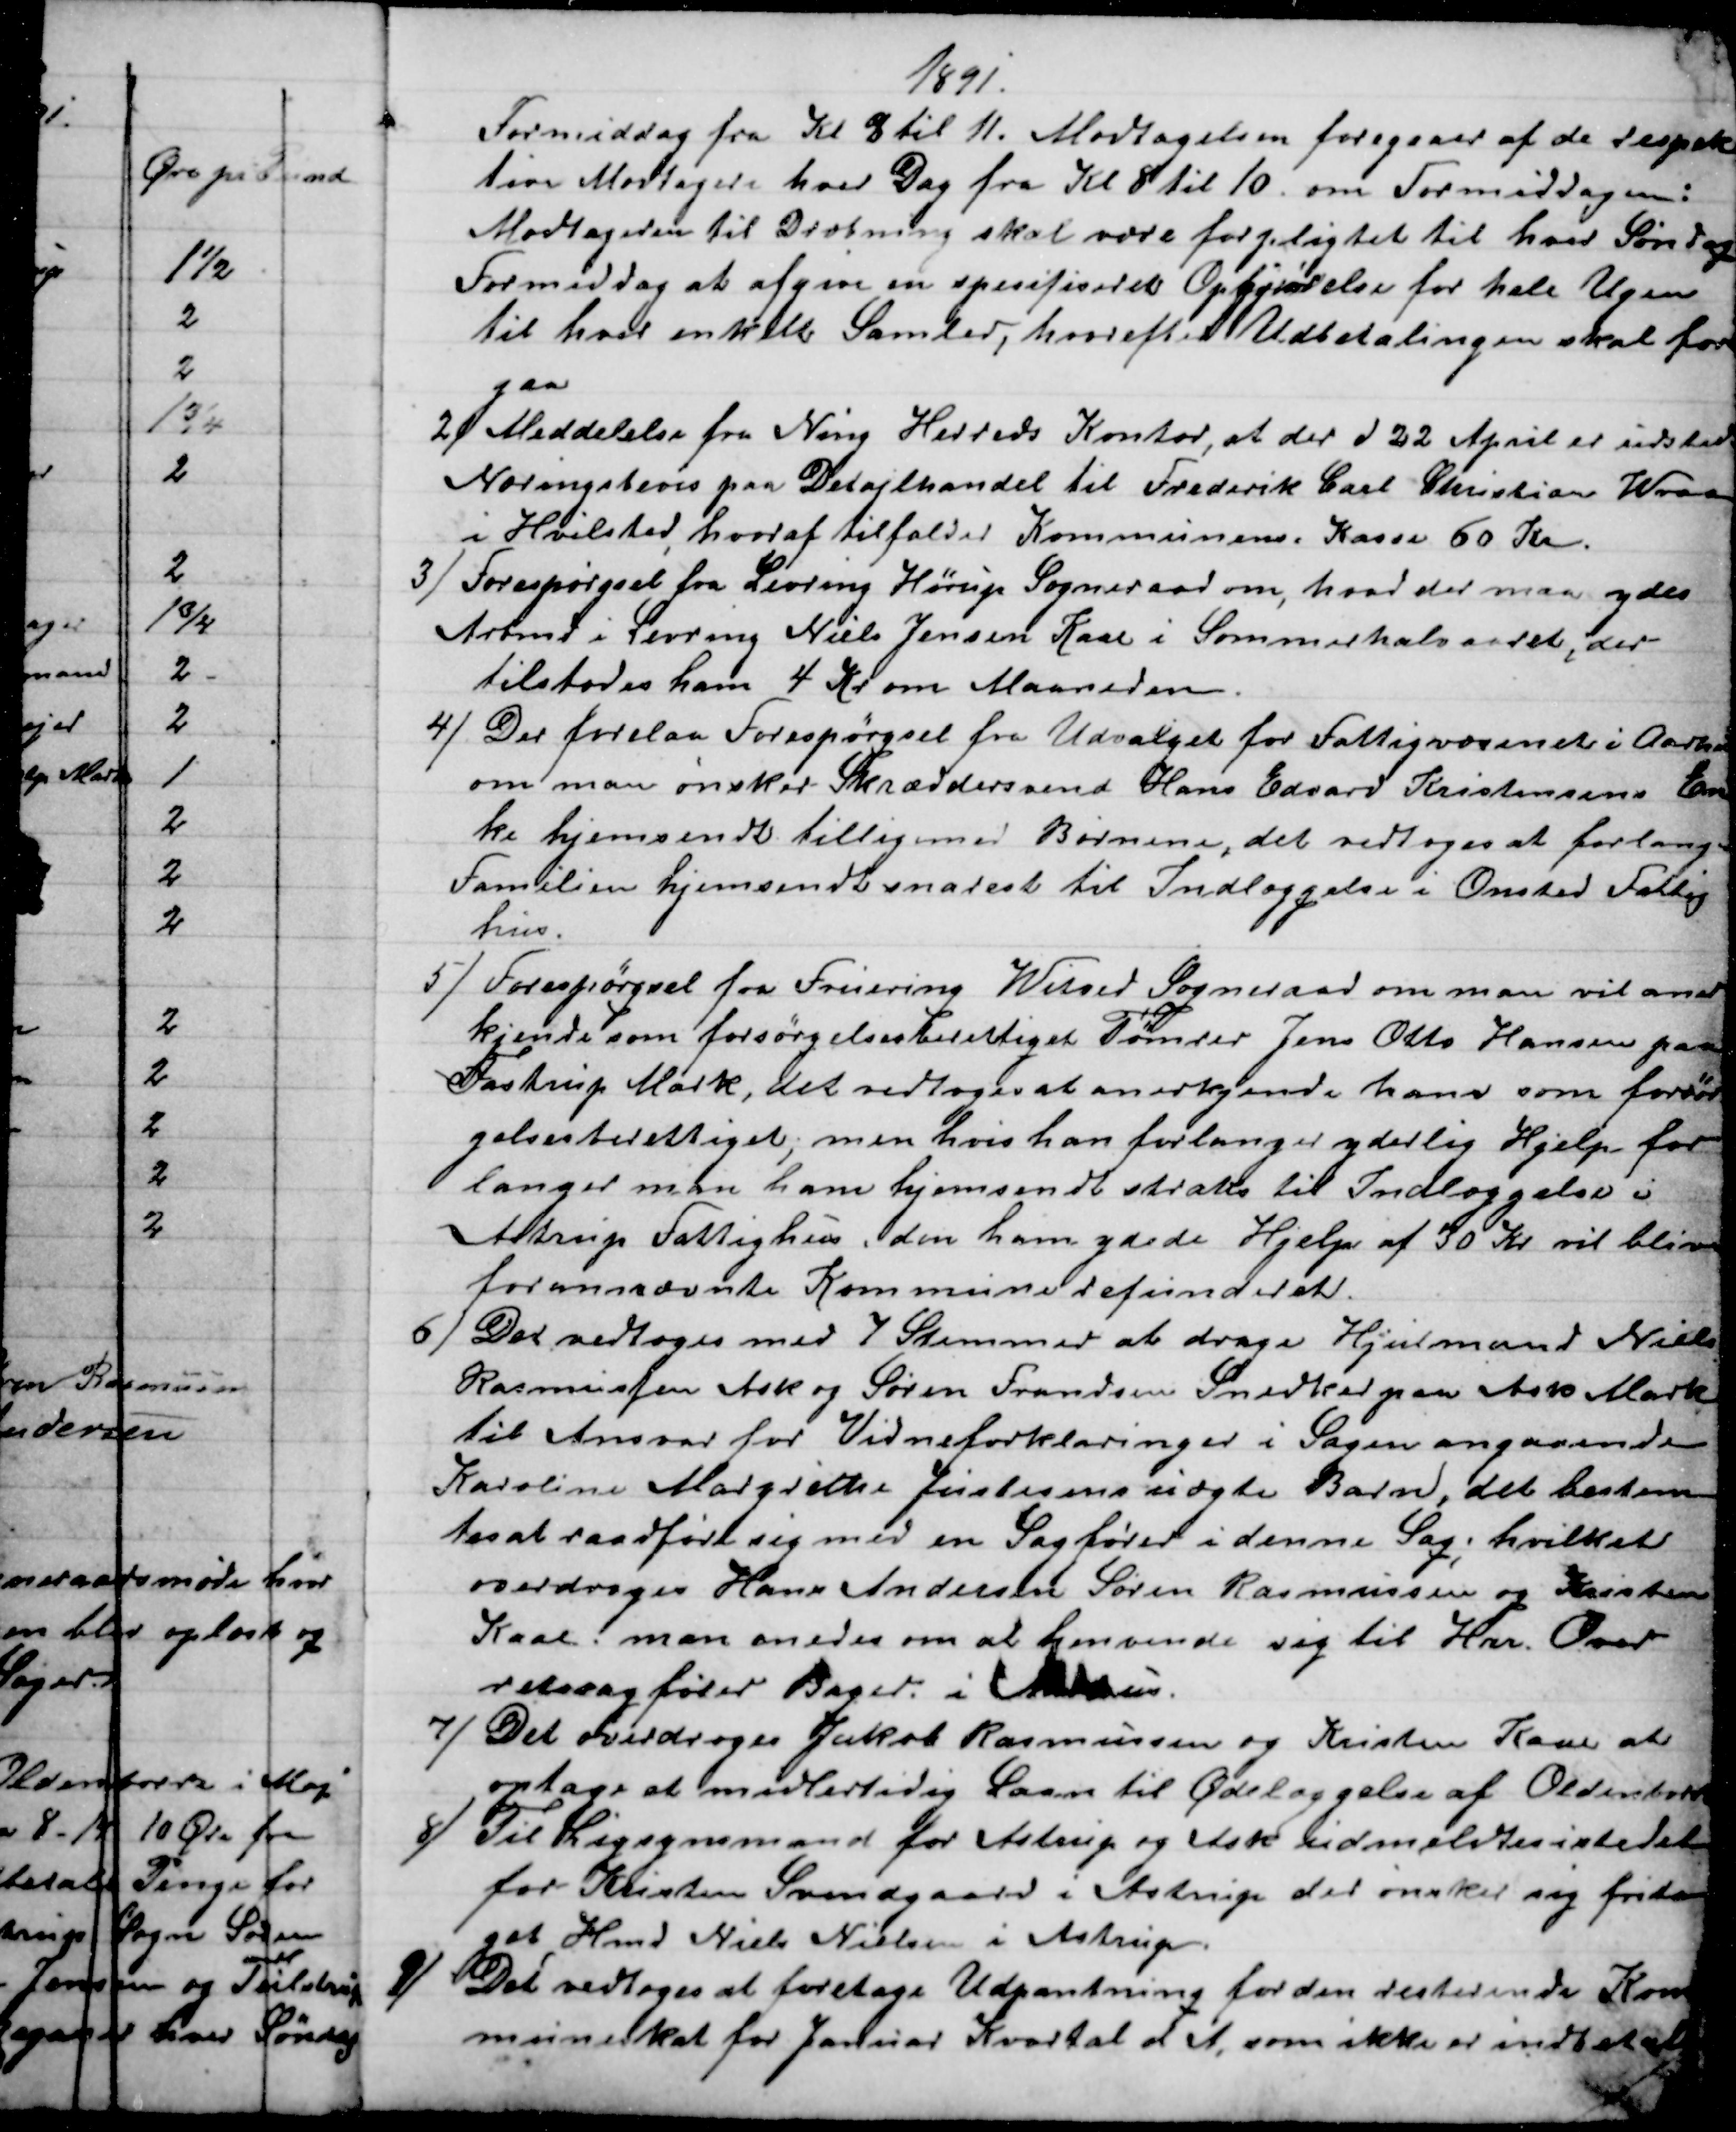
Transskription:
1891.
Formiddag fra Kl 8 til 11. Modtagelsen foregaaer af de respek
tive Modtagere hver Dag fra Kl 8 til 10 om Formiddagen:
Modtageren til Dræbning skal være forpligtet til hver Søndag
Formiddag at afgive en specifiseret Opgjørelse for hele Ugen
til hver enkelte Samler, hvorefter Udbetalingen skal fore
gaa
2) 
 Meddelelse fra Ning Herreds Kontor, at der d 22 April er udstedt
Næringsbevis paa Detajlhandel til Frederik Carl Christian Wraa
i Hvilsted, hvoraf tilfalder Kommunens Kasse 60 Kr.
3)
Forespørgsel fra Levring Hørup Sogneraad om, hvad der maa ydes
Arbmd. i Levring Niels Jensen Kaae i Sommerhalvaaret, der
tilstodes ham 4 Kr om Maaneden.
4) 
Der forelaa Forespørgsel fra Udvalget for Fattigvæsenet i Aarhus
om man ønsker Skræddersvend Hans Edvard Kristensens En
ke hjemsendt tilligemed Børnene, det vedtoges at forlange
Familien hjemsendt snarest til Indlæggelse i Onsted Fattig
hus. 
5) 
 Forespørgsel fra Fruering Witved Sogneraad om man vil aner
kjende som forsørgelsesberettiget Tømrer Jens Otto Hansen paa
Fastrup Mark, det vedtoges at anerkjende ham som forsør
gelsesberettiget, men hvis han forlanger yderlig Hjelp for
langer man ham hjemsendt straks til Indlæggelse i
Astrup Fattighus, den ham ydede Hjelp af 30 Kr vil blive
forannævnte Kommune refunderet.
6) 
Det vedtoges med 7 Stemmer at drage Hjulmand Niels
Rasmussen Ask og Søren Frandsen Snedker paa Ask Mark
til Ansvar for Vidneforklaringer i Sagen angaaende
Karoline Margrethe Justesens uægte Barn, det bestem
tes at raadføre sig med en Sagfører i denne Sag, hvilket
overdroges Hans Andersen Søren Rasmussen og Kristen
Kaae. man enedes om at henvende sig til Hrr. Over
retssagfører Bager i Aarhus.
7) 
Det overdroges Jakob Rasmussen og Kristen Kaae at
optage et midlertidig Laan til Ødelæggelse af Oldenborre
8) 
Til Ligsynsmand for Astrup og Ask udmeldtes istedet
for Kristen Svendgaard i Astrup der ønsker sig frita
get Hmd Niels Nielsen i Astrup.
9)
Det vedtoges at foretage Udpantning for den resterende Kom
muneskat for Januar Kvartal d A, som ikke er indbetalt